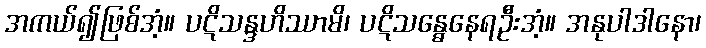
အကယ်၍ဖြစ်အံ့။ ပဋိသန္ဒဟိဿာမိ၊ ပဋိသန္ဓေနေရဦးအံ့။ အနုပါဒါနော၊